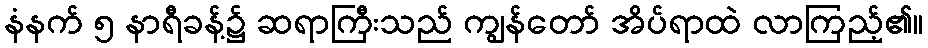
နံနက် ၅ နာရီခန့်၌ ဆရာကြီးသည် ကျွန်တော် အိပ်ရာထဲ လာကြည့်၏။